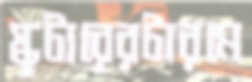
স্কুটারেরটারমে